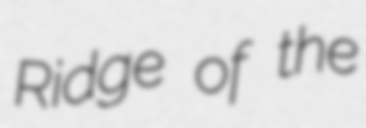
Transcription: Ridge of the